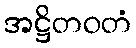
အဋ္ဌိတဝတံ